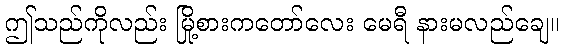
ဤသည်ကိုလည်း မြို့စားကတော်လေး မေရီ နားမလည်ချေ။